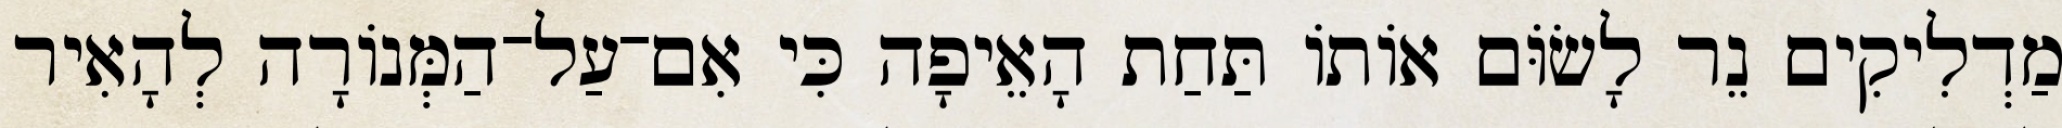
מַדְלִיקִים נֵר לָשׂוֹּם אוֹתוֹ תַּחַת הָאֵיפָה כִּי אִם־עַל־הַמְּנוֹרָה לְהָאִיר